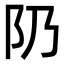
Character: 𨸐